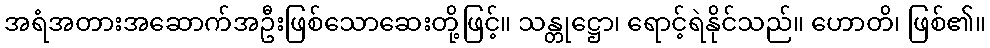
အရံအတားအဆောက်အဦးဖြစ်သောဆေးတို့ဖြင့်။ သန္တုဋ္ဌော၊ ရောင့်ရဲနိုင်သည်။ ဟောတိ၊ ဖြစ်၏။